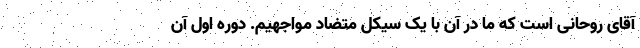
آقای روحانی است که ما در آن با یک سیکل متضاد مواجهیم. دوره اول آن